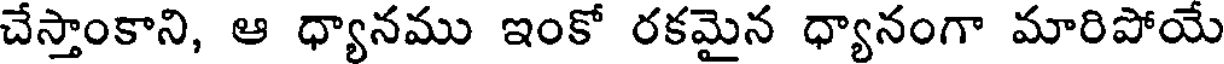
చేస్తాంకాని, ఆ ధ్యానము ఇంకో రకమైన ధ్యానంగా మారిపోయే